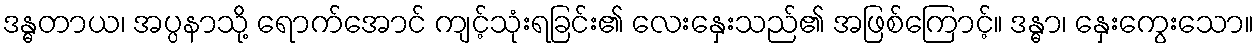
ဒန္ဓတာယ၊ အပ္ပနာသို့ ရောက်အောင် ကျင့်သုံးရခြင်း၏ လေးနှေးသည်၏ အဖြစ်ကြောင့်။ ဒန္ဓာ၊ နှေးကွေးသော။